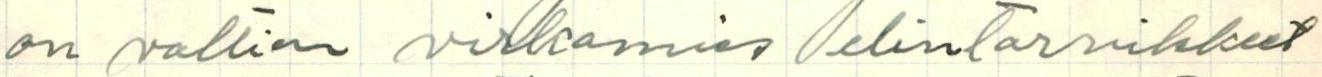
on valtion virkamies // elintarvikkeet